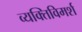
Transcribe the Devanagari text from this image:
व्यक्तिविमर्श